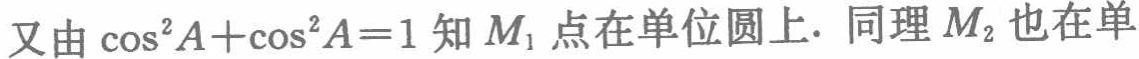
又由\(\cos^{2}A+\cos^{2}A = 1\)知\(M_{1}\)点在单位圆上. 同理\(M_{2}\)也在单